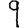
Digit: 9